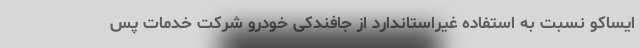
ایساکو نسبت به استفاده غیراستاندارد از جافندکی خودرو شرکت خدمات پس